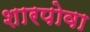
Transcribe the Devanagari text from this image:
शारपोवा